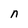
Character: n